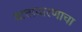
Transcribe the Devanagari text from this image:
वातावारणाचा